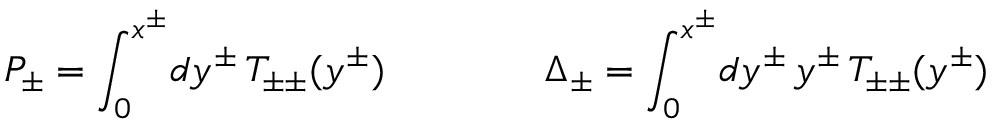
P _ { \pm } = \int _ { 0 } ^ { x ^ { \pm } } \! d y ^ { \pm } \, T _ { \pm \pm } ( y ^ { \pm } ) \qquad \qquad \Delta _ { \pm } = \int _ { 0 } ^ { x ^ { \pm } } \! d y ^ { \pm } \, y ^ { \pm } \, T _ { \pm \pm } ( y ^ { \pm } )